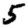
Digit: 5